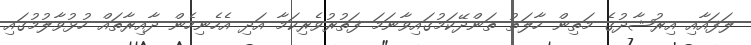
ލަފައާއި އިރުޝާދުގެ މަތިން ހާލަތު ތަންދޭކަމުގައިވާނަމަ ފަތުރުވެރިކަމާ އަދި އެހެނިހެން ދާއިރާތައް ހުޅުވާލުމުގައި